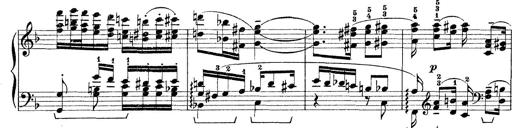
Title: Rapsodie: 19 ungheresi, 1 spagnuola
Composer: Franz Liszt